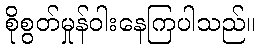
စိုစွတ်မှုန်ဝါးနေကြပါသည်။